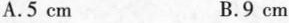
A.5 cm B.9 cm